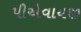
પીએવાયજી